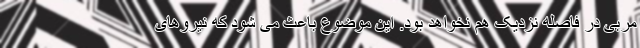
مربی در فاصله نزدیک هم نخواهد بود. این موضوع باعث می شود که نیروهای